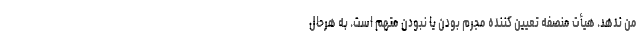
من ندهد. هیأت منصفه تعیین کننده مجرم بودن یا نبودن متهم است. به هرحال